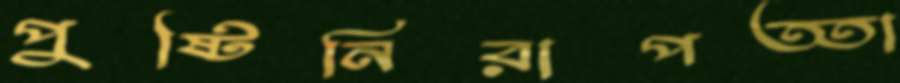
পুষ্টিনিরাপত্তা